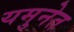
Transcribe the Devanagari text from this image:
यमुनेत